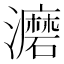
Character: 𰝮